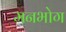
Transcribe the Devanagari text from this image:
मनभोग